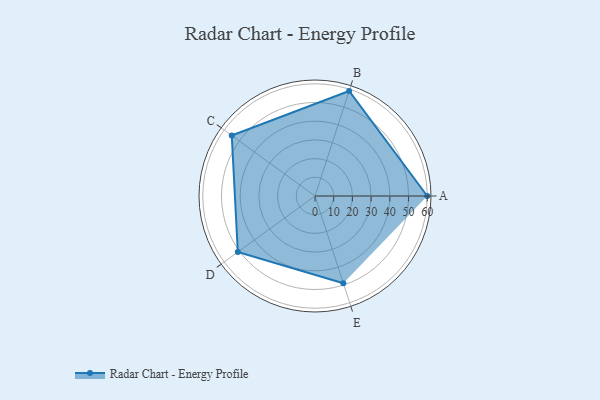
{"axis": {"x": "Skill", "y": "Score"}, "legend": ["Profile"], "data": [{"x": "A", "y": 60.0, "type": "Profile"}, {"x": "B", "y": 59.0, "type": "Profile"}, {"x": "C", "y": 55.0, "type": "Profile"}, {"x": "D", "y": 51.0, "type": "Profile"}, {"x": "E", "y": 49.0, "type": "Profile"}]}